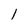
Character: 1